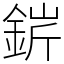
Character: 䤱